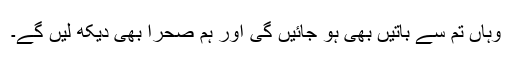
وہاں تم سے باتیں بھی ہو جائیں گی اور ہم صحرا بھی دیکھ لیں گے۔